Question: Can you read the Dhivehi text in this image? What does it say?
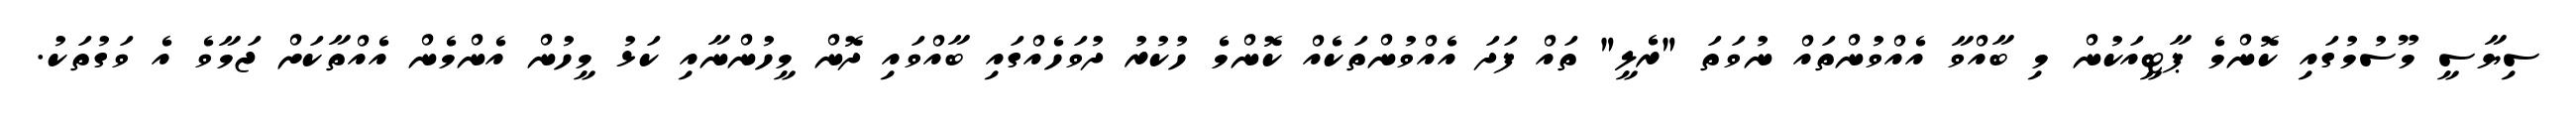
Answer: ސިޔާސީ މޫސުމުގައި ކޮންމެ ޕާޓީއަކުން މި ބާއްވާ އެއްވުންތައް ނުވަތަ "ރެލީ" ތައް ފަދަ އެއްވުންތަކެއް ކޮންމެ ހުކުރު ދުވަހެއްގައި ބާއްވައި ދޮން މީހުންނާއި ކަޅު މީހުން އެންމެން އެއްތާކަށް ޖަމާވެ އެ ވަގުތަކު.